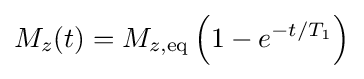
M_{z}(t)=M_{z,\mathrm {eq} }\left(1-e^{-t/T_{1}}\right)